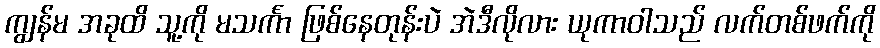
ကျွန်မ အခုထိ သူ့ကို မသင်္ကာ ဖြစ်နေတုန်းပဲ အဲဒီလိုလား ယုကာဝါသည် လက်တစ်ဖက်ကို